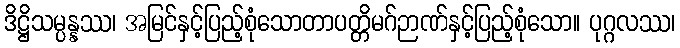
ဒိဋ္ဌိသမ္ပန္နဿ၊ အမြင်နှင့်ပြည့်စုံသောတာပတ္တိမဂ်ဉာဏ်နှင့်ပြည့်စုံသော။ ပုဂ္ဂလဿ၊